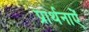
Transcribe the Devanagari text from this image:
प्रार्थनाऐं